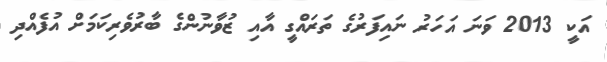
އަކީ 2013 ވަނަ އަހަރު ނައިފަރުގެ ތަރައްގީ އާއި ޒުވާނުންގެ ބާރުވެރިކަމަށް އުފެއްދި